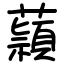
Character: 蘏